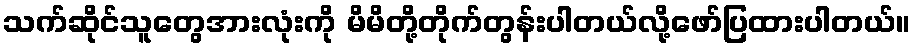
သက်ဆိုင်သူတွေအားလုံးကို မိမိတို့တိုက်တွန်းပါတယ်လို့ဖော်ပြထားပါတယ်။